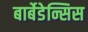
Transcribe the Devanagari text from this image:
बार्बेडेन्सिस